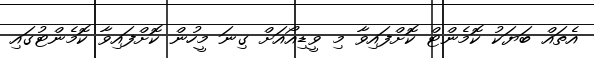
އެތައް ބަޔަކު ކޮމެންޓް ކޮށްފައިވާ މި ވީޑިއޯއަށް ގިނަ މީހުން ކޮށްފައިވާ ކޮމެންޓުގައި